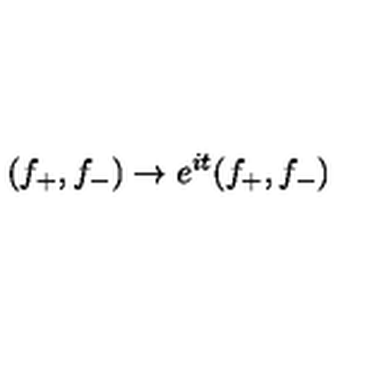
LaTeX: ( f _ { + } , f _ { - } ) \to e ^ { i t } ( f _ { + } , f _ { - } )